65_HS1-834228961_62-HQ-83894_Section_9
Agency: FBI
Page 72
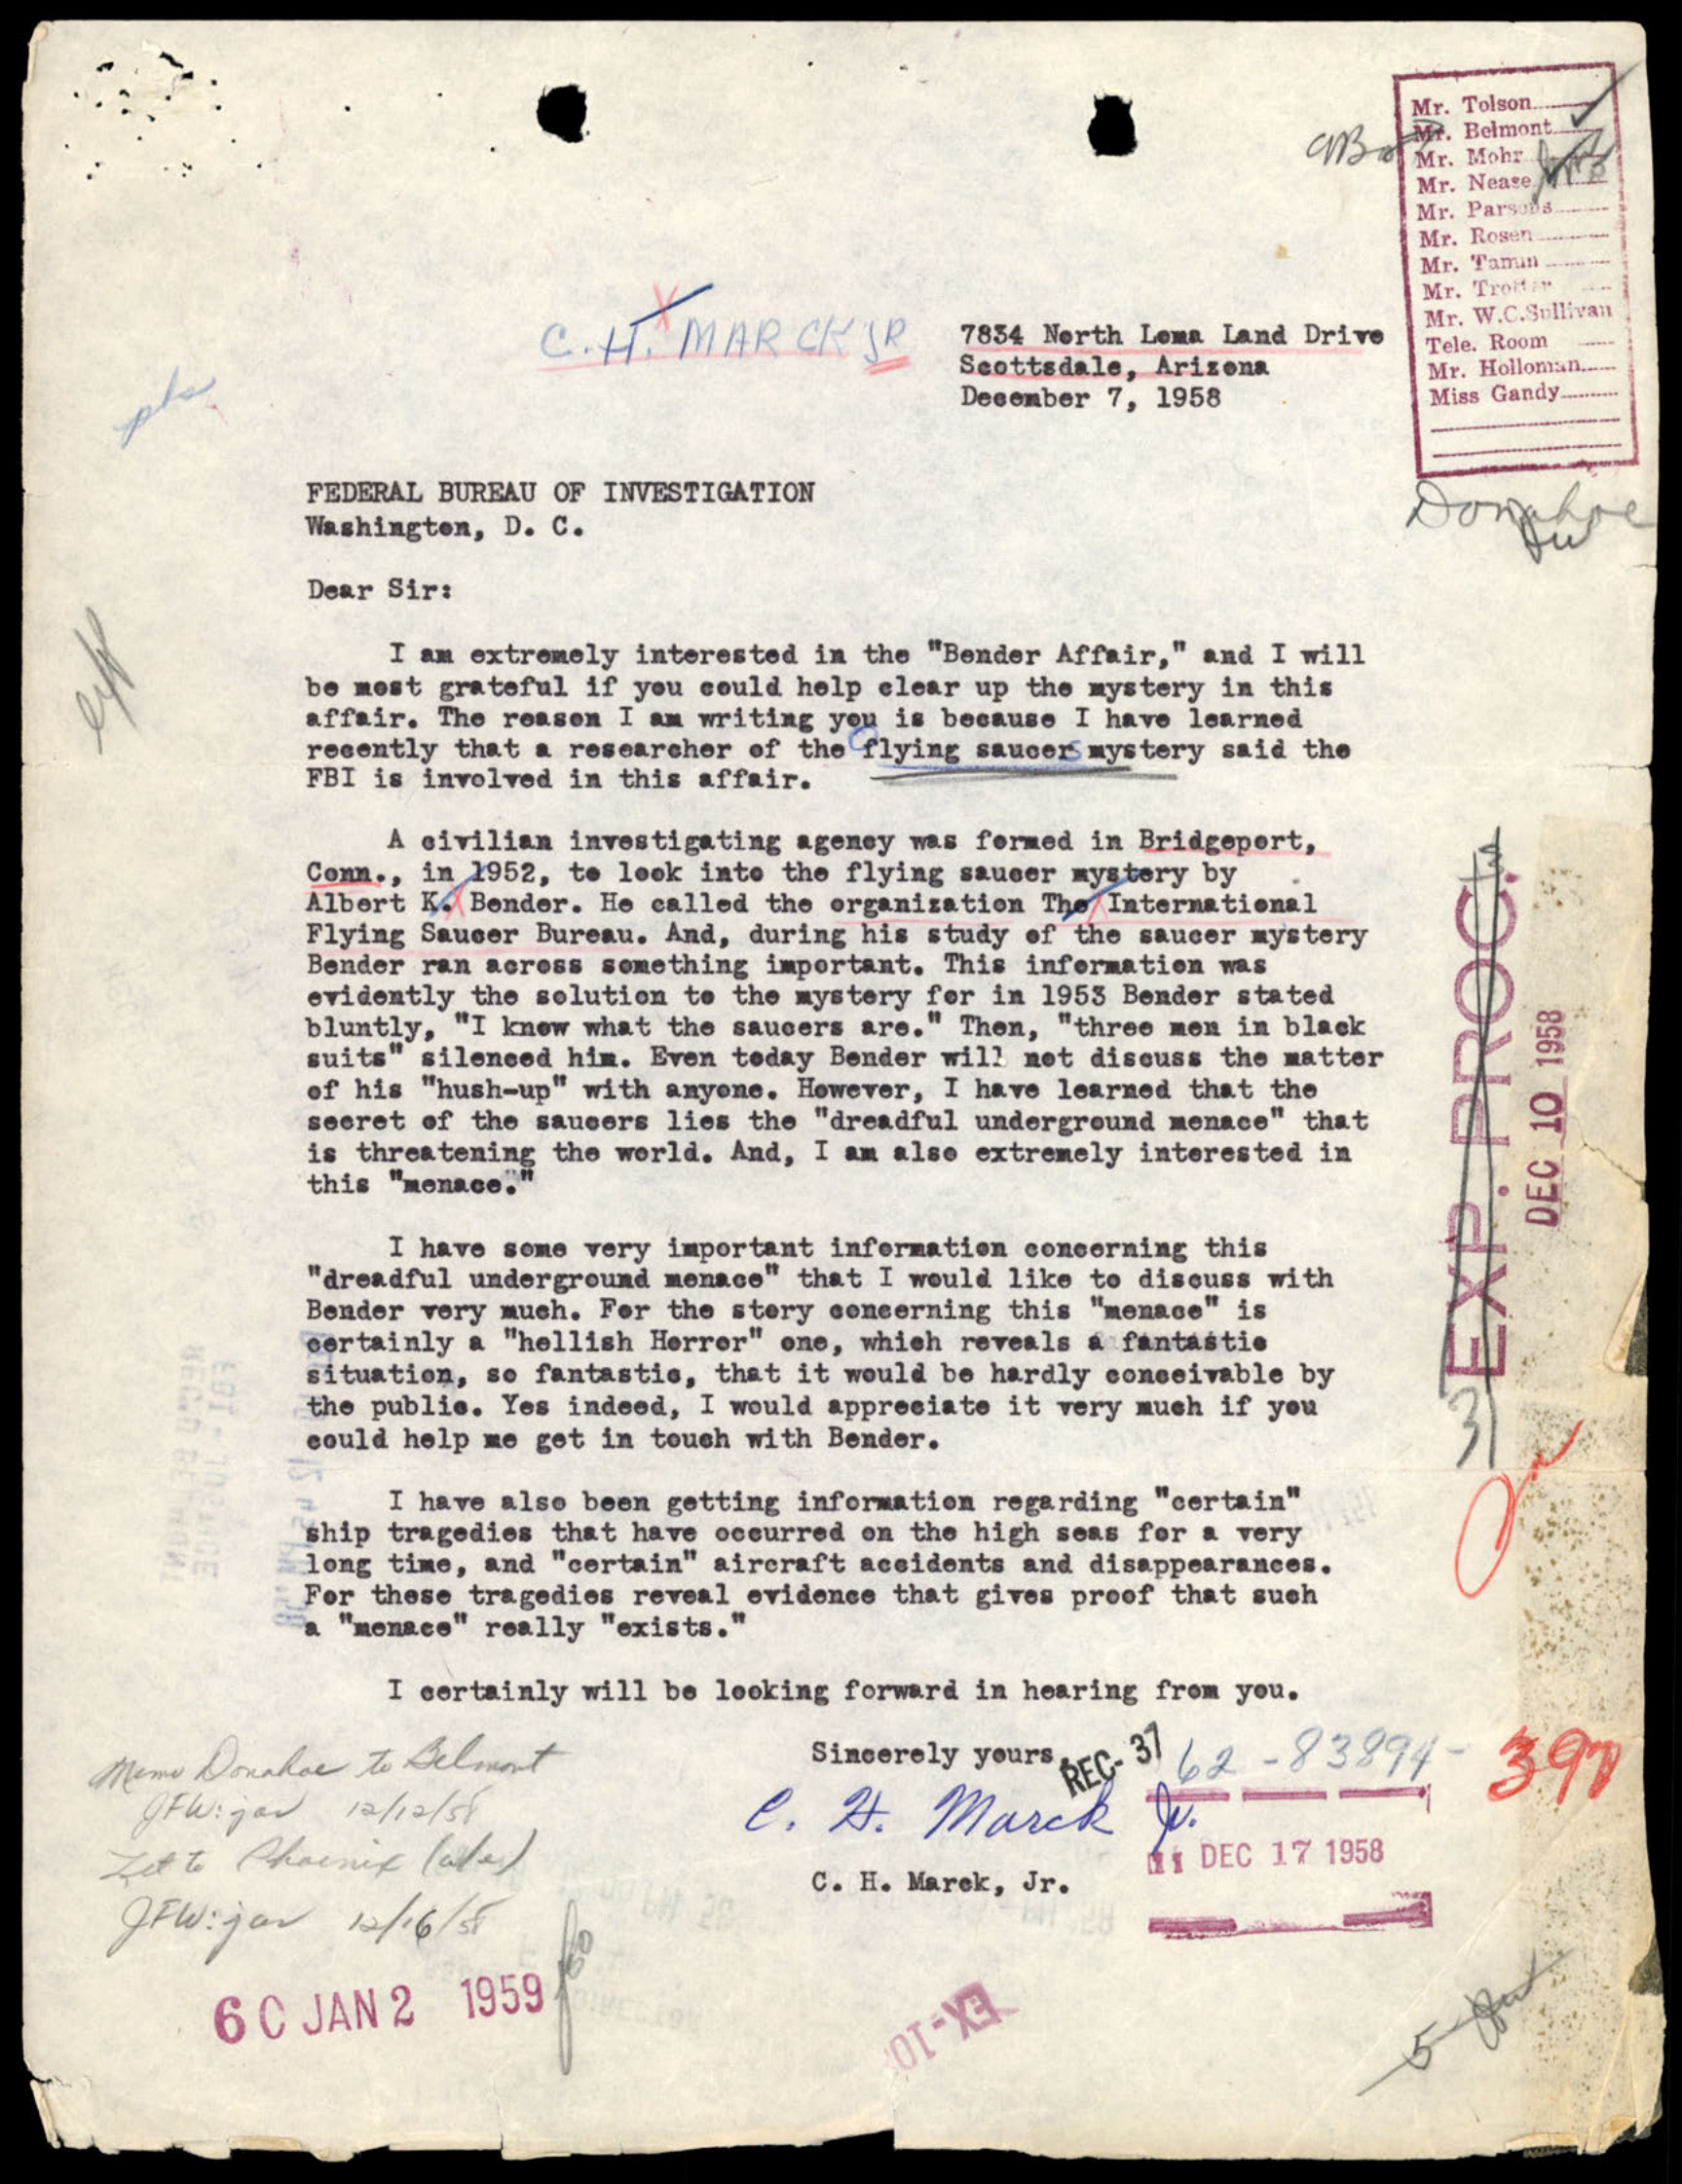